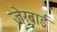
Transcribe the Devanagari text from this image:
जेरबाई